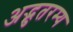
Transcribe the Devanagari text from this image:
अद्भुतरम्य